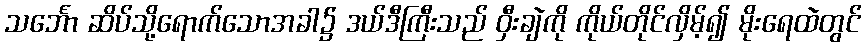
သင်္ဘော ဆိပ်သို့ရောက်သောအခါ၌ ဒယ်ဒီကြီးသည် ဝှီးချဲကို ကိုယ်တိုင်လှိမ့်၍ မိုးရေထဲတွင်